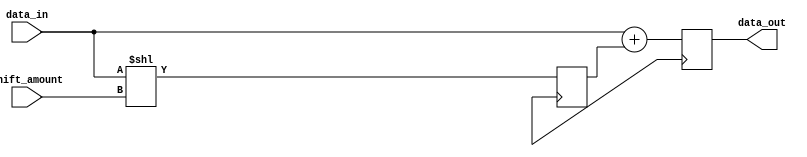
module Shift_Add_Register (
    input wire [31:0] data_in,
    input wire [4:0] shift_amount,
    output reg [31:0] data_out
);

reg [31:0] shifted_data;

always @ (posedge clk) begin
    shifted_data <= data_in << shift_amount;
    data_out <= data_in + shifted_data;
end

endmodule